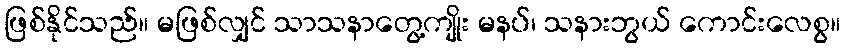
ဖြစ်နိုင်သည်။ မဖြစ်လျှင် သာသနာတွေ့ကျိုး မနပ်၊ သနားဘွယ် ကောင်းလေစွ။